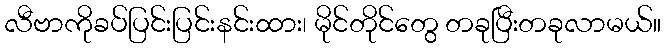
လီဗာကိုခပ်ပြင်းပြင်းနင်းထား၊ မိုင်တိုင်တွေ တခုပြီးတခုလာမယ်။